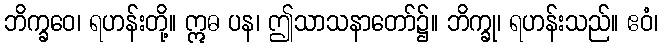
ဘိက္ခဝေ၊ ရဟန်းတို့။ ဣဓ ပန၊ ဤသာသနာတော်၌။ ဘိက္ခု၊ ရဟန်းသည်။ ဧဝံ၊